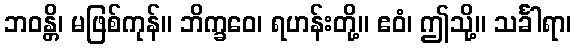
ဘဝန္တိ၊ မဖြစ်ကုန်။ ဘိက္ခဝေ၊ ရဟန်းတို့။ ဧဝံ၊ ဤသို့။ သင်္ခါရာ၊